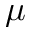
\mu